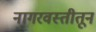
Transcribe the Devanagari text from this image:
नागरवस्तीतून